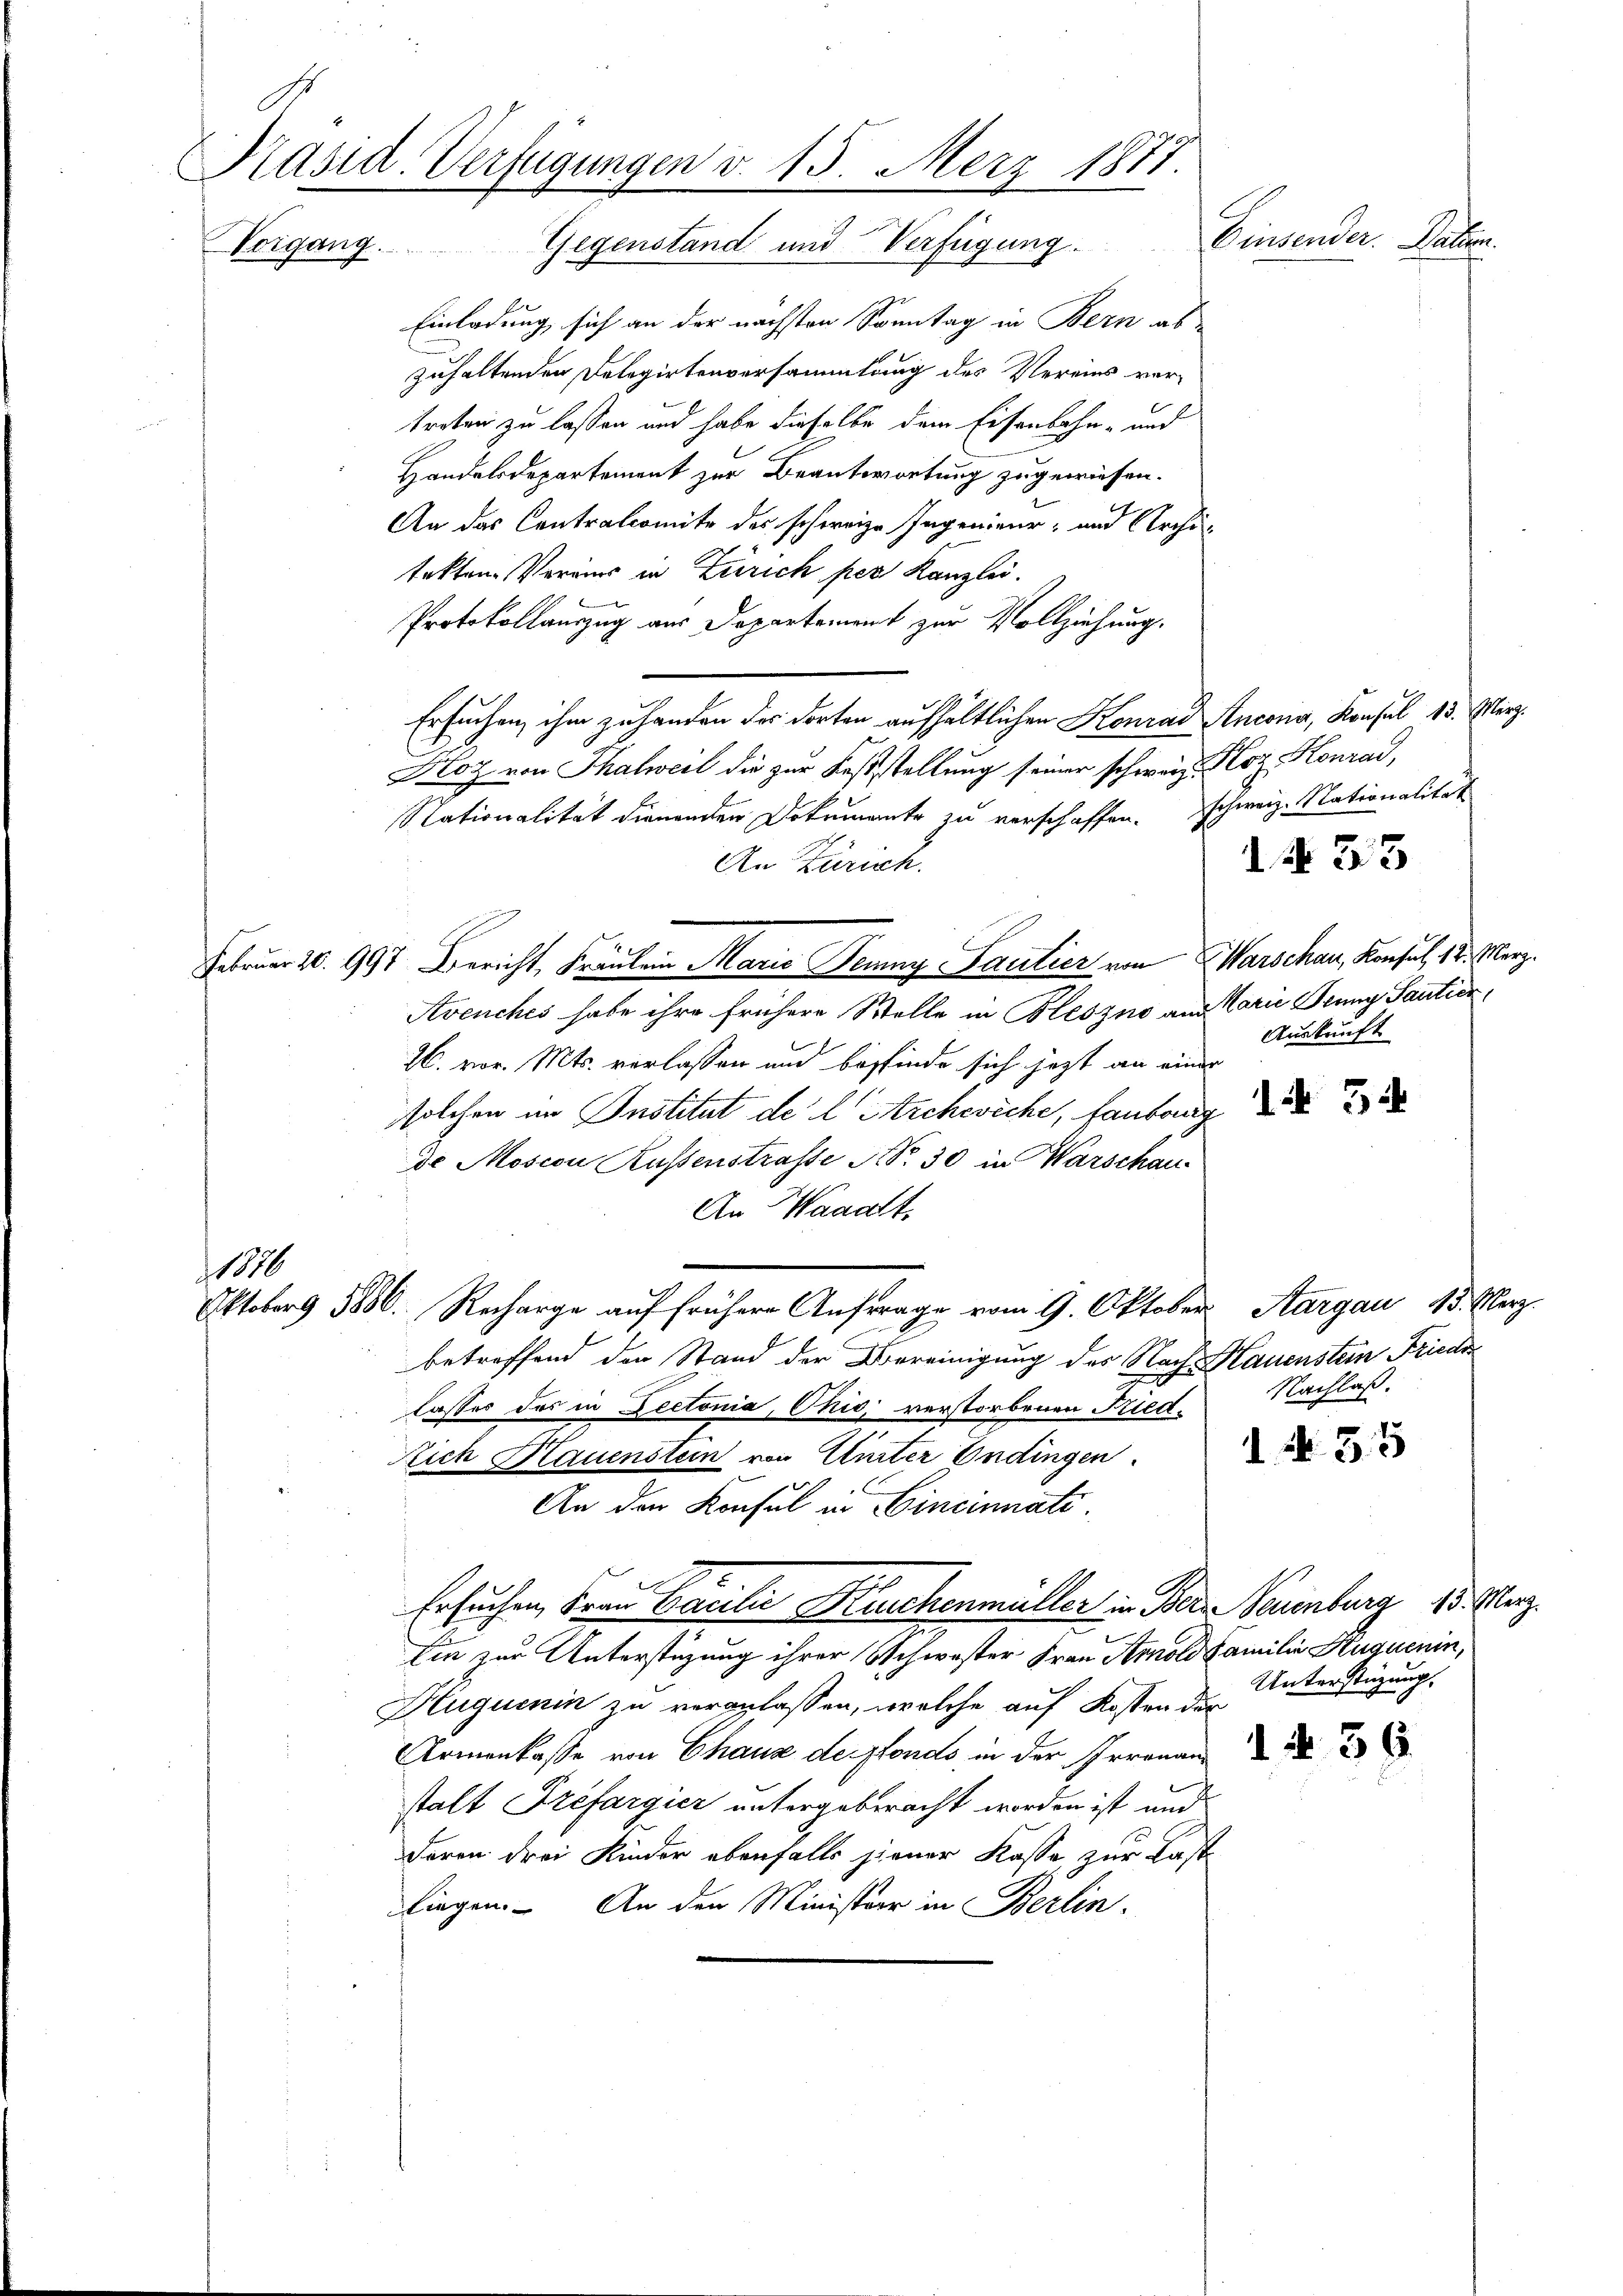
Präsid. Verfügungen d. 15. März 1877.
Einsender. Datum.
Vorgang. Gegenstand und Verfügung.

110

Einladung sich an der nächsten Sonntag in Bern abzuhaltenden Delegirtenversammlung des Vereins ver-
treten zu lassen und habe dieselbe dem Eisenbahn- und
Handelsdepartement zur Beantwortung zugewiesen.
An das Contralcomite des schweize Ingenieur- und Archi-
tekten Voraus in Zürich per Kanzlei.
Protokollauszug aus Departement zur Vollziehung.
Ersuchen, ihm zu handen des dorten aufhältlichen Konrad Ancona, Konsul 13. März.
Stoz von Thalweil die zur Feststellung seiner schweiz. Koz Konrad,
Nationalität dienenden Dokumente zu verschaffen. Schweiz. Nationalität
An Zürich.
Februar 10. 997 Bericht, Fräulein Marie Perny Lantier von Warschau, Konsul, 18. März.
Avenches habe ihre frühere Welle in Beszno am Carie Bennig Santier,
Auskunft
26. vor. Mts. verlassen und bösfinde sich jetzt an einer
solchen im Institut de l. Archwiche, faubonig
de Mosion Russenstrasse Nr. 30 in Warschäu
An Waadt,
Oktoberg 5800. Recharge auf frühere Anfrage vom 9. Oktober Aargau 13. Merz
betreffend den Stand der Vereinigung des Nach Hauenstein Friede
Nachlaß.
lasses des in Dectonia, Chio verstorbenen Fried¬
1. No. 35
ich Mauenstein von Unter Endingen.
An den Konsul in Cincinnati¬
Ersuchen Frau Cacilie Kirchenmüller in Bern Neuenburg 13. Merz
Ein zur Unterstüzung ihrer Schwester Frau Amold Familie Huquenin,
Unterstüzung.
Huguenin zu veranlassen, welche auf Kosten der
Armenkasse von Chaus dersfonds in der Irrenan
stalt Frefargier untergebracht worden ist und
deren drei Kinder ebenfalls jener Kasse, zur Last
liegen. An den Minister in Berlin.

d. No. 33